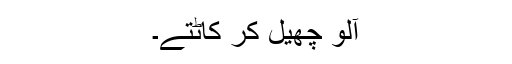
آلو چھیل کر کاٹتے۔